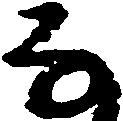
な